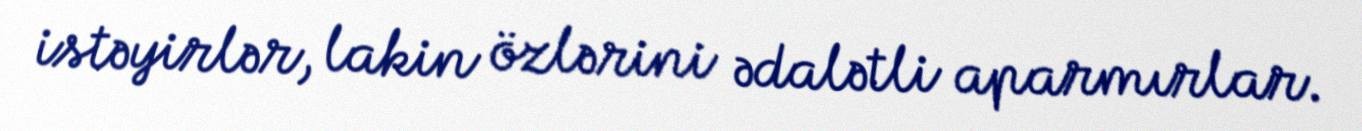
istəyirlər, lakin özlərini ədalətli aparmırlar.